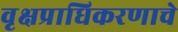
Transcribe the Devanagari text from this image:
वृक्षप्राधिकरणाचे